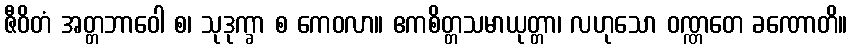
ဇီဝိတံ အတ္တဘာဝေါ စ၊ သုဒုက္ခာ စ ကေဝလာ။ ဧကစိတ္တသမာယုတ္တာ၊ လဟုသော ဝဏ္ဏတေ ခဏောတိ။